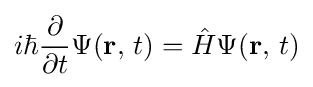
{i\hbar {\frac {\partial }{\partial t}}\Psi (\mathbf {r} ,\,t)={\hat {H}}\Psi (\mathbf {r} ,\,t)}